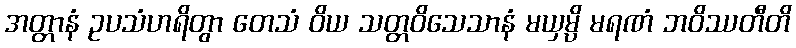
အတ္တာနံ ဥပသံဟရိတွာ တေသံ ဝိယ သတ္တဝိသေသာနံ မယှမ္ပိ မရဏံ ဘဝိဿတီတိ